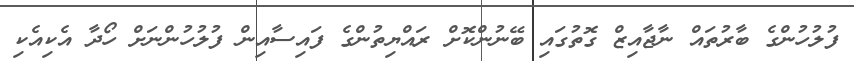
ފުލުހުންގެ ބާރުތައް ނާޖާއިޒް ގޮތުގައި ބޭނުންކޮށް ރައްޔިތުންގެ ފައިސާއިން ފުލުހުންނަށް ހޯދާ އެކިއެކި